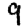
Digit: 9